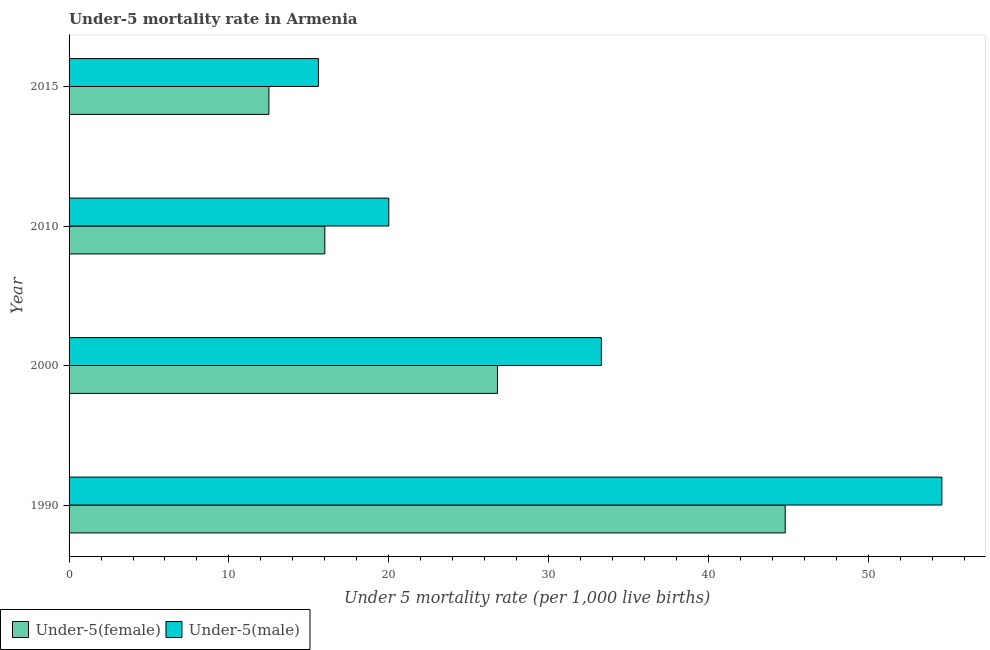
| Year | Under-5(female) | Under-5(male) |
 | --- | --- | --- |
 | 1990 | 44.8 | 54.6 |
 | 2000 | 26.8 | 33.3 |
 | 2010 | 16 | 20 |
 | 2015 | 12.5 | 15.6 |